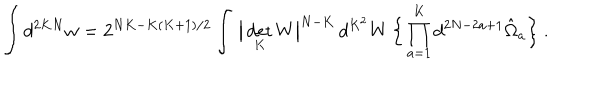
\int d ^ { 2 K N } w = 2 ^ { N K - K ( K + 1 ) / 2 } \int \, \big | \det _ { K } W \big | ^ { N - K } \, d ^ { K ^ { 2 } } W \, \Big \{ \prod _ { a = 1 } ^ { K } d ^ { 2 N - 2 a + 1 } \hat { \Omega } _ { a } \Big \} \ .